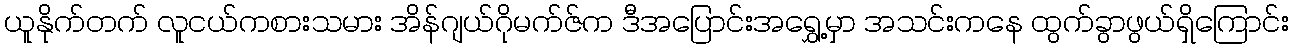
ယူနိုက်တက် လူငယ်ကစားသမား အိန်ဂျယ်ဂိုမက်ဇ်က ဒီအပြောင်းအရွှေ့မှာ အသင်းကနေ ထွက်ခွာဖွယ်ရှိကြောင်း